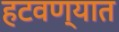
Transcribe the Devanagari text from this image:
हटवण्यात